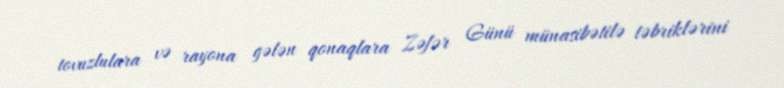
tovuzlulara və rayona gələn qonaqlara Zəfər Günü münasibətilə təbriklərini